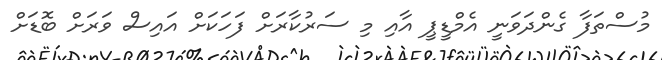
މުސްތަފާ ގެންދަވަނީ އެމްޑީޕީ އާއި މި ސަރުކާރަށް ފަހަކަށް އައިސް ވަރަށް ބޮޑަށް